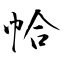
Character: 帢